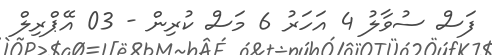
ފަސް ސުވާލު 4 އަހަރު 6 މަސް ކުރިން - 03 އޭޕްރިލް